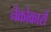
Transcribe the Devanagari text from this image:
नेकोकारों